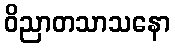
ဝိညာတသာသနော